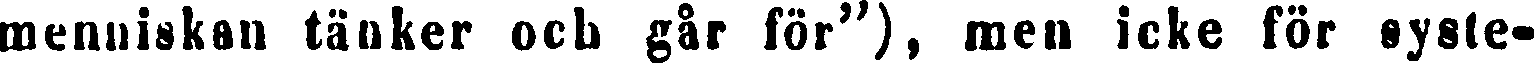
menniskan tänker och går för"), men icke för syste-